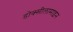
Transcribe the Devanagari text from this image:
डोक्सीलामाइन